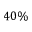
4 0 \%